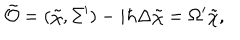
LaTeX: \tilde { \cal O } = ( \tilde { \chi } , \Sigma ^ { \prime } ) - i \hbar \Delta \tilde { \chi } = \Omega ^ { \prime } \tilde { \chi } ,